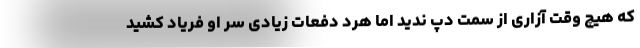
که هیچ وقت آزاری از سمت دپ ندید اما هرد دفعات زیادی سر او فریاد کشید